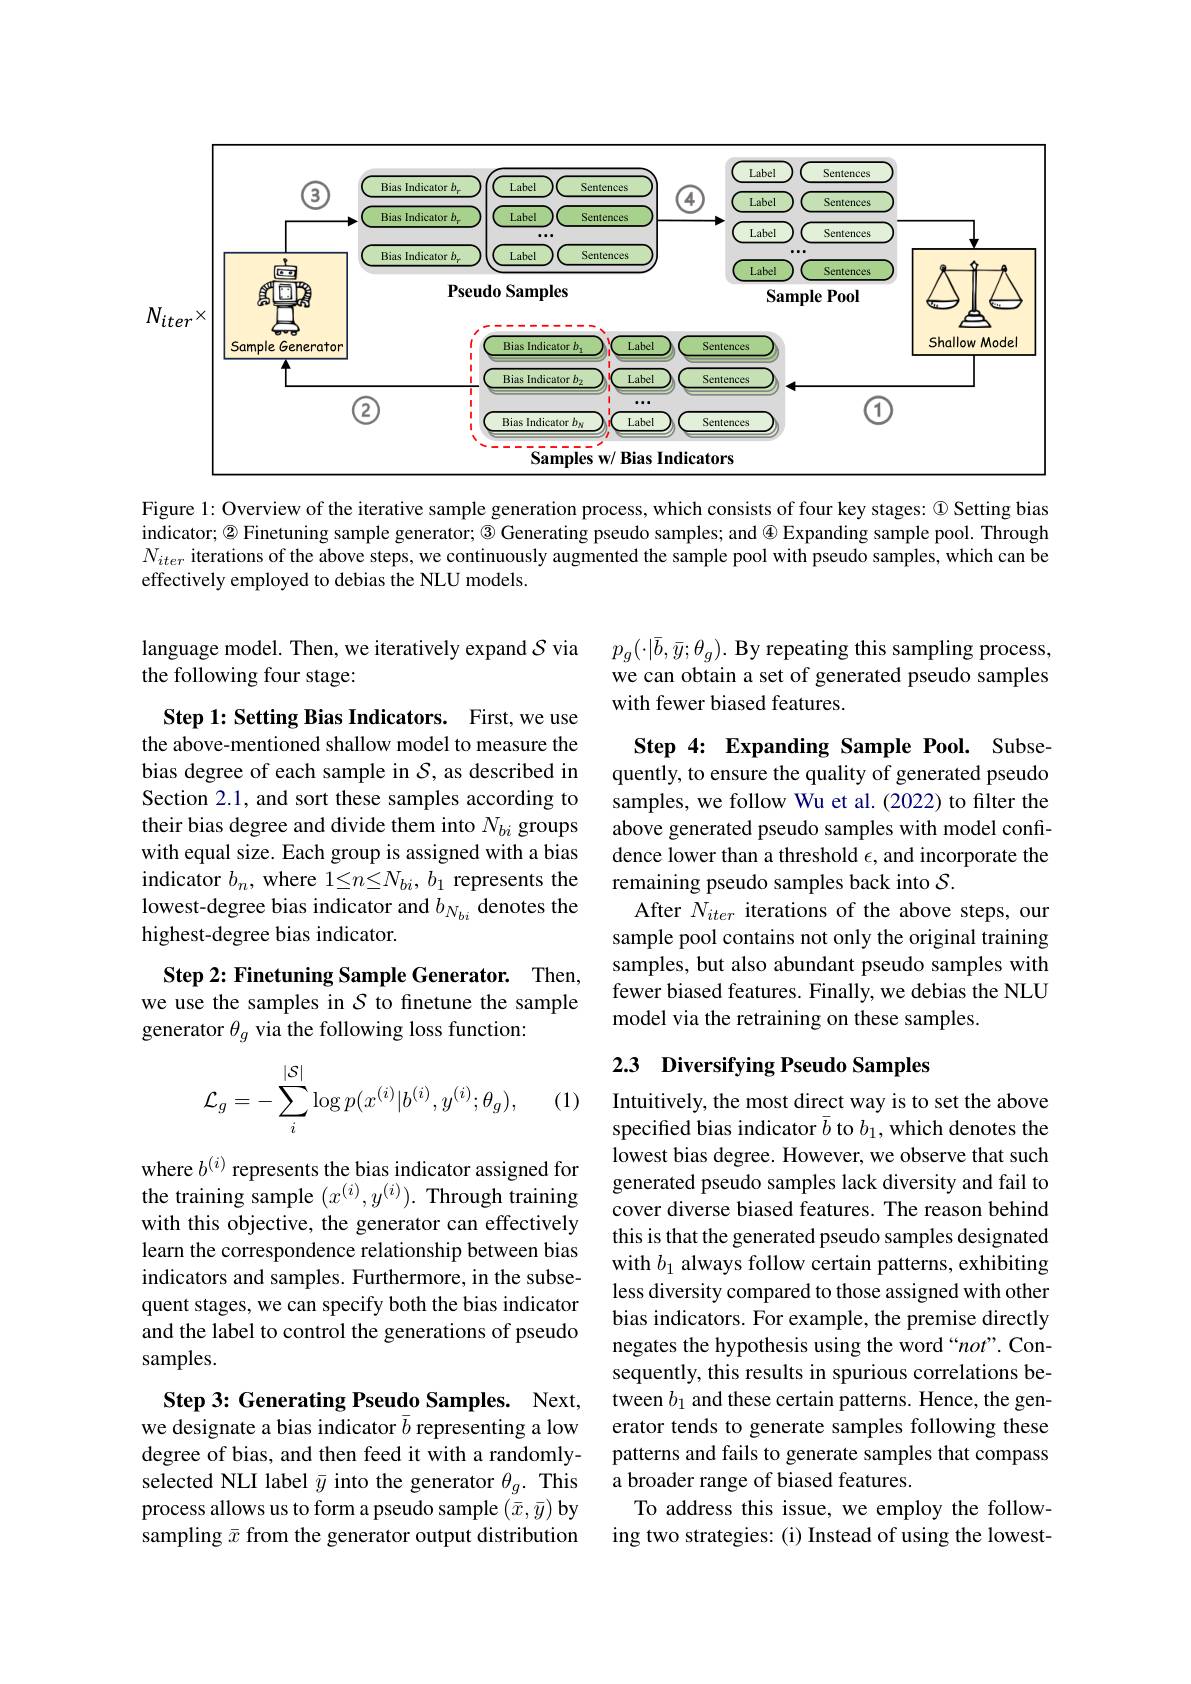
<FigureHere>

Figure 1: Overview of the iterative sample generation process, which consists of four key stages: @ Setting bias indicator; $\textcircled{2}$ Finetuning sample generator; $\textcircled{3}$ Generating pseudo samples; and $\textcircled{4}$ Expanding sample pool. Through $N_{iter}$ iterations of the above steps, we continuously augmented the sample pool with pseudo samples, which can be effectively employed to debias the NLU models.

language model. Then, we iteratively expand $\mathcal{S}$ via
the following four stage:

$p_{g}(\cdot|\bar{b},\bar{y};\theta_{g}).$ By repeating this sampling process, we can obtain a set of generated pseudo samples with fewer biased features.

Step 1: Setting Bias Indicators. First, we use the above-mentioned shallow model to measure the bias degree of each sample in $\mathcal{S}$, as described in Section 2.1, and sort these samples according to their bias degree and divide them into $N_{bi}$ groups with equal size. Each group is assigned with a bias indicator $b_n$, where $1\leq n\leq N_bi,b_1$ represents the lowest-degree bias indicator and $b_{N_{bi}}$ denotes the highest-degree bias indicator.

Step 4: Expanding Sample Pool. Subsequently, to ensure the quality of generated pseudo samples, we follow Wu et al. (2022) to filter the above generated pseudo samples with model confidence lower than a threshold $\epsilon$, and incorporate the remaining pseudo samples back into $\mathcal{S}.$
After $N_{iter}$ iterations of the above steps, our sample pool contains not only the original training samples, but also abundant pseudo samples with fewer biased features. Finally, we debias the NLU model via the retraining on these samples.

Step 2: Finetuning Sample Generator. Then, we use the samples in $S$ to finetune the sample generator $\theta_g$ via the following loss function:

## 2.3 Diversifying Pseudo Samples
$$\mathcal{L}_g=-\sum_i^{|\mathcal{S}|}\log p(x^{(i)}|b^{(i)},y^{(i)};\theta_g),$$
(1)

where $b^{(i)}$ represents the bias indicator assigned for the training sample $(x^{(i)},y^{(i)}).$ Through training with this objective, the generator can effectively learn the correspondence relationship between bias indicators and samples. Furthermore, in the subsequent stages, we can specify both the bias indicator and the label to control the generations of pseudo samples.

Intuitively, the most direct way is to set the above specifted bias indicator $\bar{b}$ to $b_1$, which denotes the lowest bias degree. However, we observe that such generated pseudo samples lack diversity and fail to cover diverse biased features. The reason behind this is that the generated pseudo samples designated with $b_1$ always follow certain patterns, exhibiting less diversity compared to those assigned with other bias indicators. For example, the premise directly negates the hypothesis using the word “not”. Consequently, this results in spurious correlations between $b_1$ and these certain patterns. Hence, the generator tends to generate samples following these patterns and fails to generate samples that compass a broader range of biased features.
To address this issue, we employ the following two strategies: (i) Instead of using the lowest-

Step 3: Generating Pseudo Samples. Next, we designate a bias indicator $\bar{b}$ representing a low degree of bias, and then feed it with a randomlyselected NLI label $\bar{y}$ into the generator $\theta_g.$ This process allows us to form a pseudo sample $(\bar{x},\bar{y})$ by sampling $\bar{x}$ from the generator output distribution